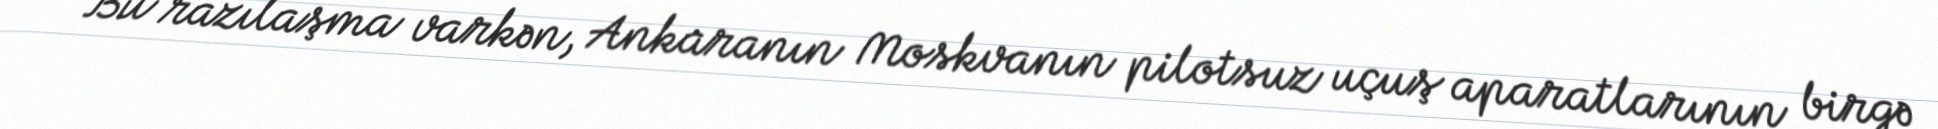
Bu razılaşma varkən, Ankaranın Moskvanın pilotsuz uçuş aparatlarının birgə